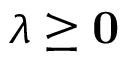
{ \boldsymbol { \lambda } } \geq \mathbf { 0 }